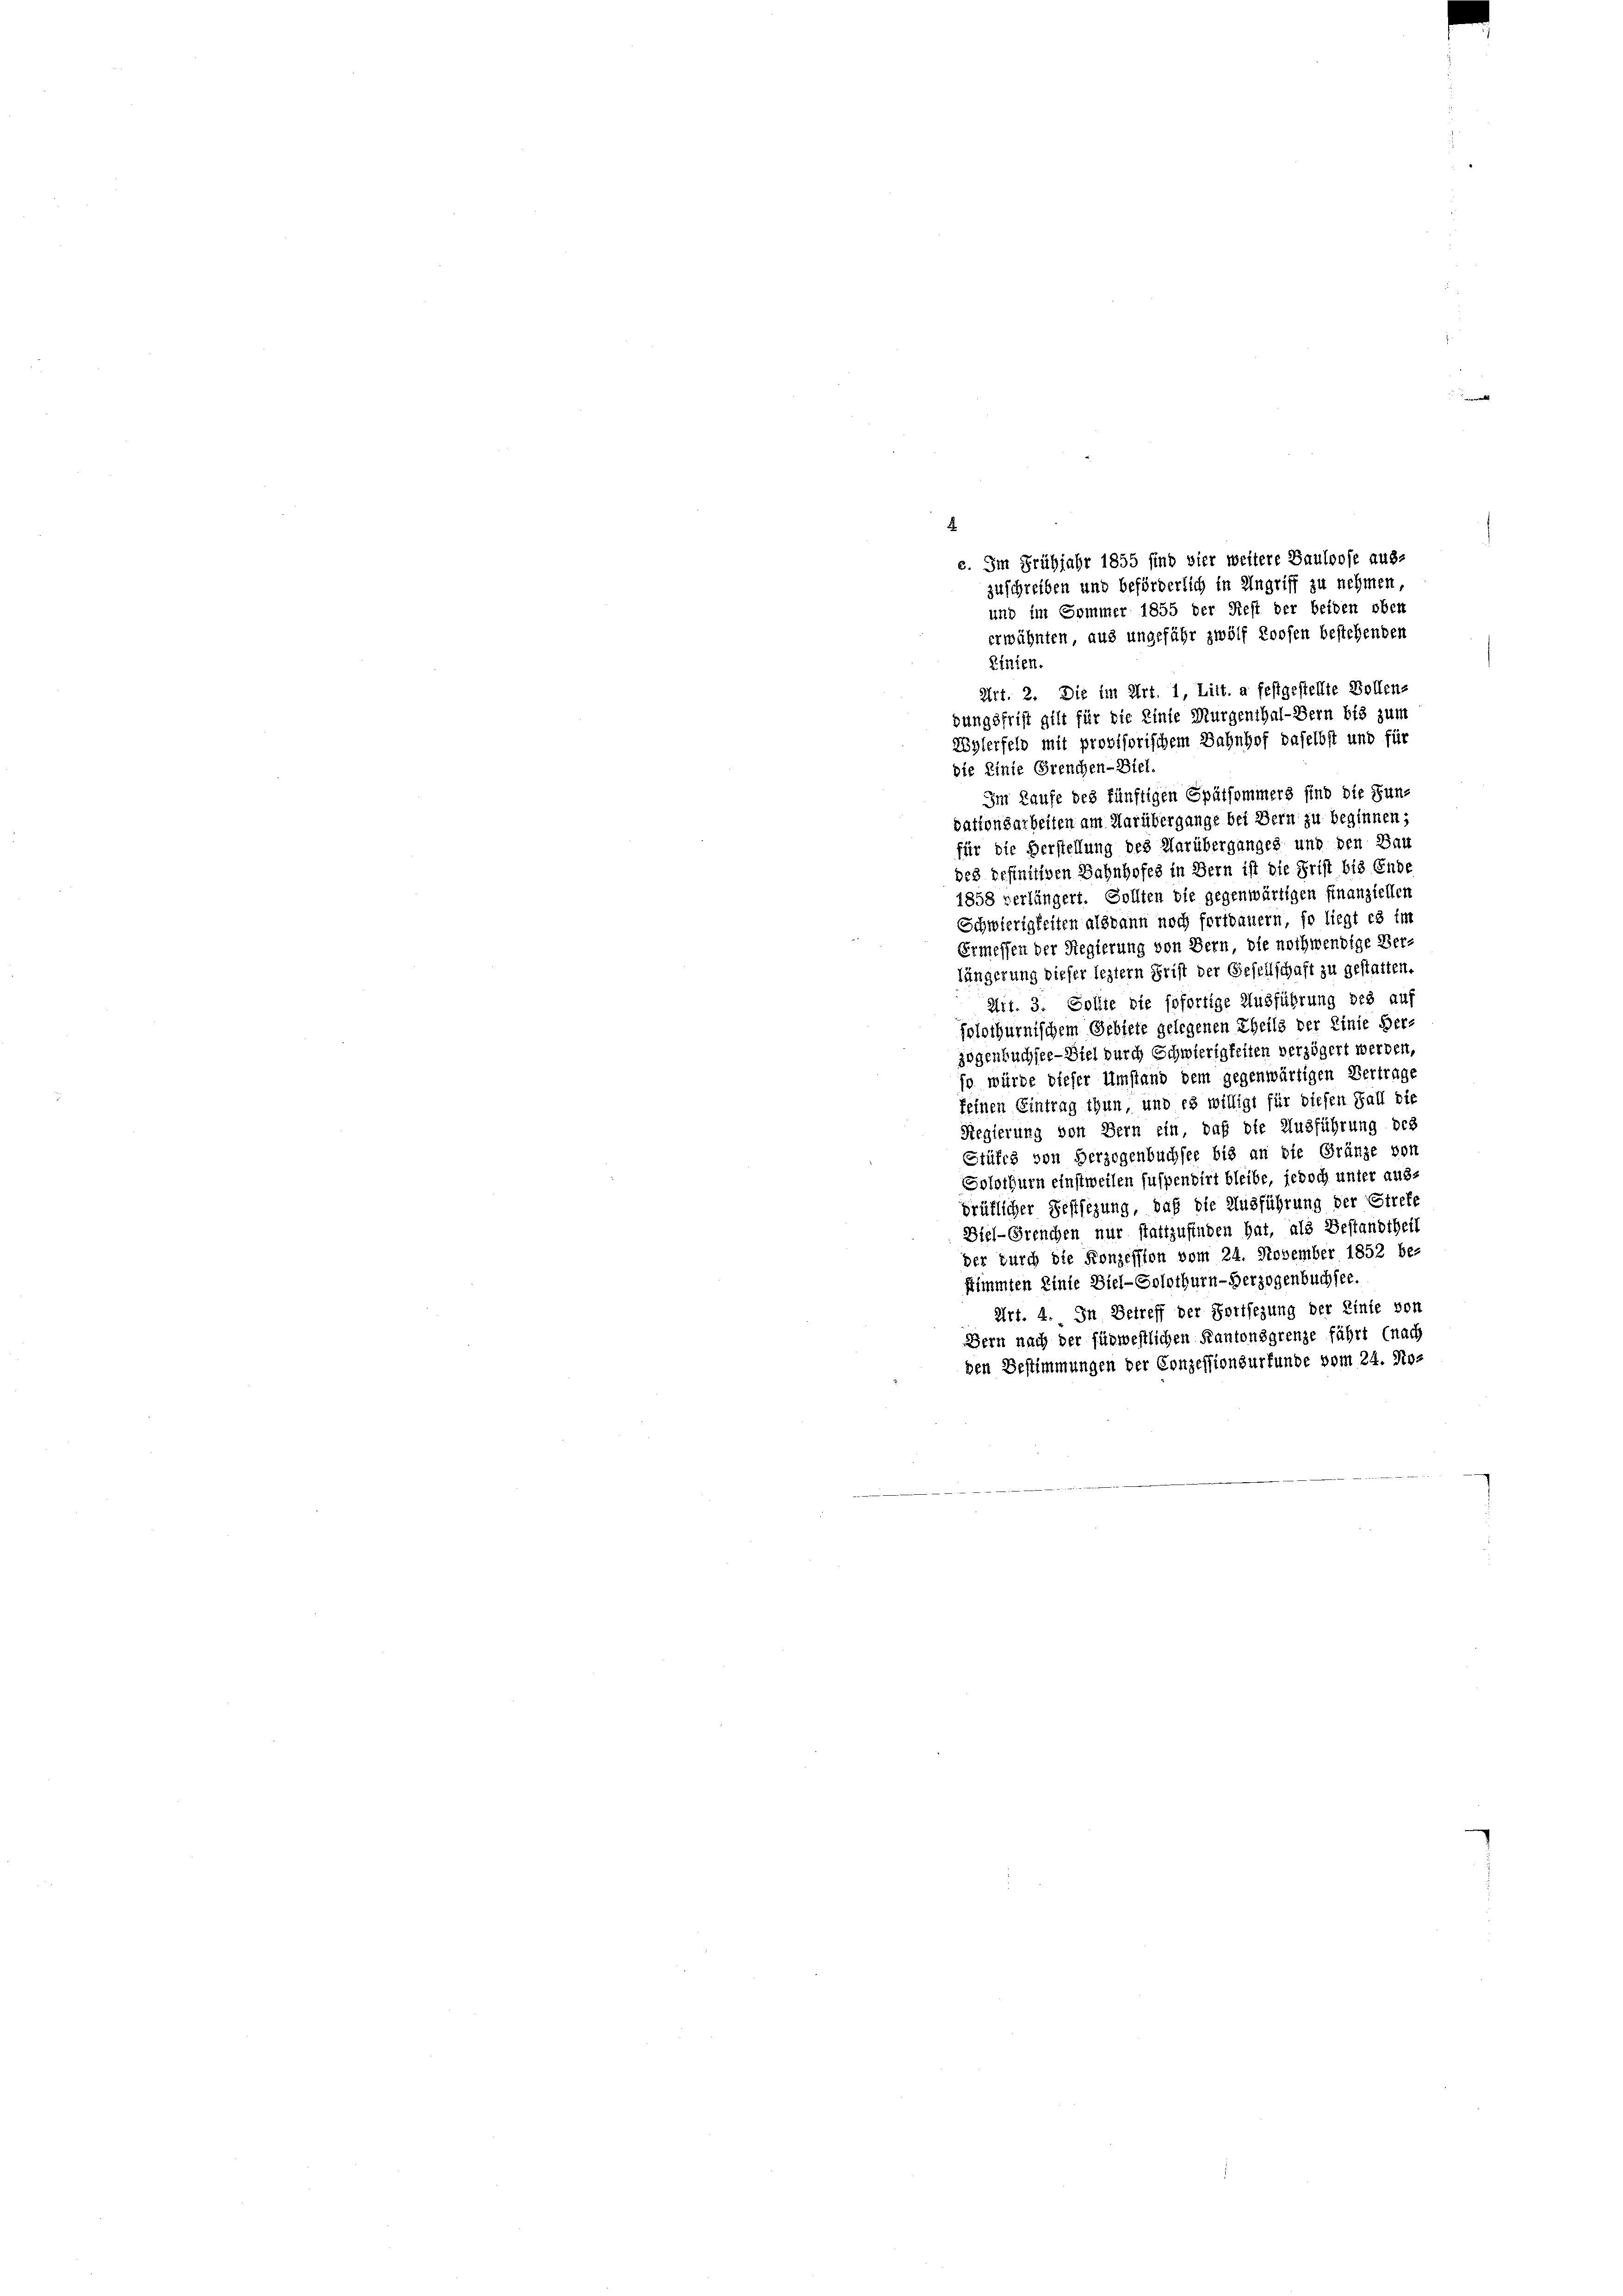
Linien.
Art. 2. Die im Art. 1, Litt. a festgestellte Vollen-
bungsfrist gilt für die Einte Murgenthal-Bern bis zum
Zylerfeld mit provisorischem Bahnhof daselbst und für
die Linie Grenchen- Biel.
Im Laufe des künftigen Spätsommers sind die Funvationsarbeiten am Darübergange bei Bern zu beginnen;
für die Verstellung des Darüberganges und den Bau
des definitiven Bahnhofes in Bern ist die Frist bis Ende
1858 verlängert. Sollten die gegenwärtigen finanziellen
Schwierigkeiten alsdann noch fortdauern, so liegt es im
Ermessen der Regierung von Bern, die nothwendige Verlängerung dieser leztern Frist der Gesellschaft zu gestatten.
Art. 3. Sollte die sofortige Ausführung des auf
solothurnischem Gebiete gelegenen Theils der Linie Herzogenbuchsee- Viel durch Schwierigkeiten verzögert werden,
so würde dieser Umstand dem gegenwärtigen Vertrage
feinen Eintrag thun, und es willigt für diesen Fall die
Regierung von Bern ein, daß die Ausführung des
Stüfch von Herzogenbuchsee bis an die Gränze von
Solothurn einstweilen suspendirt bleibe, jedoch unter ausbrüflicher Festsezung, daß die Ausführung der Strefe
Biel-Grenchen nur stattzufinden hat, als Bestandtheit
der durch die Konzession vom 24. November 1852 bestimmten Linie Biel-Solothurn-Herzogenbuchsee.
Art. 4. In Betreff der Fortsezung der Linie von
Bern nach der für westlichen Kantonsgrenze führt (nach
den Bestimmungen der Conzessionsurfunde vom 24. No¬

e. Im Frühjahr 1855 sind vier weitere Bauloose aus-
zuschreiben und beförderlich in Angriff zu nehmen
und im Sommer 1855 der Rest der beiden oben
erwähnten, aus ungefähr zwölf Roosen bestehenden